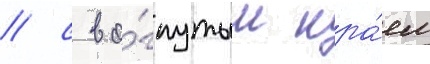
/ с во́гнутым кра́ем